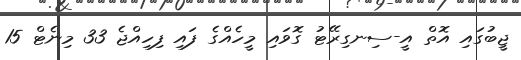
ޖީބުގައި އޮތް އީ-ސިނގިރޭޓު ގޮވައި މީހެއްގެ ފައި ފިހިއްޖެ 33 މިނެޓް 15